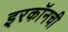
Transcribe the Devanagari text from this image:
इरकॉनची